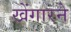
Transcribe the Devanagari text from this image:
खेंगारने